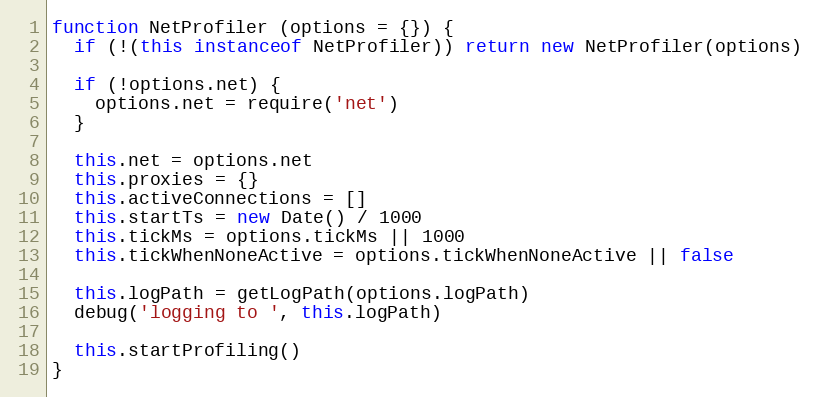
Language: JavaScript
function NetProfiler (options = {}) {
  if (!(this instanceof NetProfiler)) return new NetProfiler(options)

  if (!options.net) {
    options.net = require('net')
  }

  this.net = options.net
  this.proxies = {}
  this.activeConnections = []
  this.startTs = new Date() / 1000
  this.tickMs = options.tickMs || 1000
  this.tickWhenNoneActive = options.tickWhenNoneActive || false

  this.logPath = getLogPath(options.logPath)
  debug('logging to ', this.logPath)

  this.startProfiling()
}